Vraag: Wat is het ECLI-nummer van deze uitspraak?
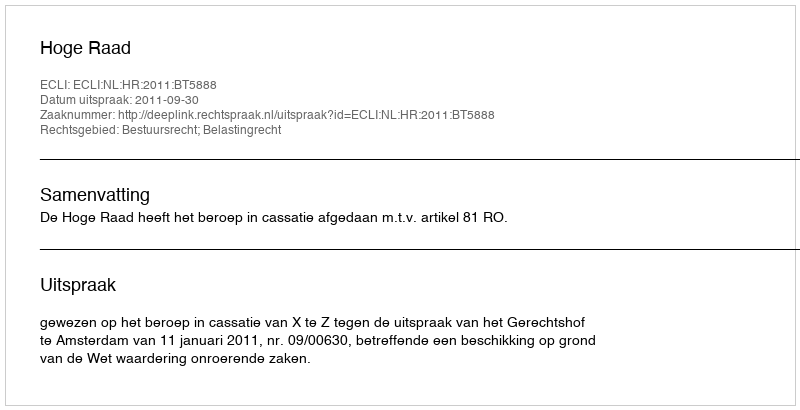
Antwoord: ECLI:NL:HR:2011:BT5888